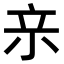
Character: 𭕉